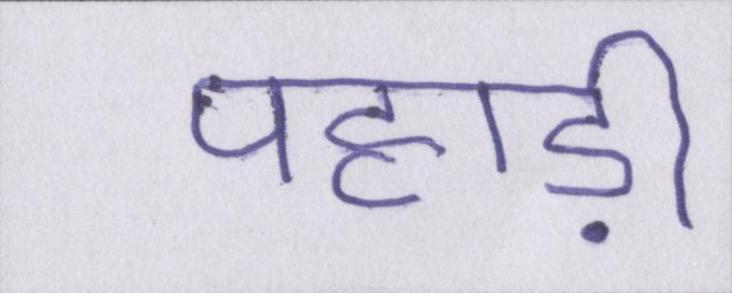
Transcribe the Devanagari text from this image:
पहाड़ी